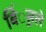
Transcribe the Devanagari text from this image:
बिं्रसले